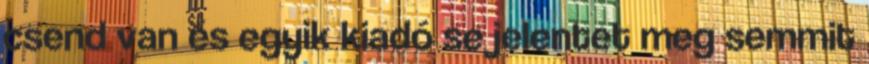
csend van és egyik kiadó se jelentet meg semmit